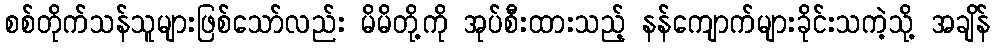
စစ်တိုက်သန်သူများဖြစ်သော်လည်း မိမိတို့ကို အုပ်စီးထားသည့် နန်ကျောက်များခိုင်းသကဲ့သို့ အချိန်